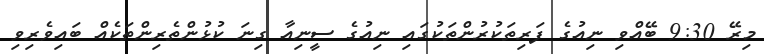
މިރޭ 9:30 ބޭއްވި ނިއުގެ ފަރިތަކުރުންތަކުގައި ނިއުގެ ސީނިއާ ގިނަ ކުޅުންތެރިންތަކެއް ބައިވެރިވި